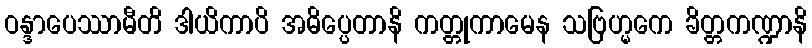
ဝန္ဒာပေဿာမီတိ ဒါယိကာပိ အဓိပ္ပေတာနိ ကတ္တုကာမေန သဗြဟ္မကေ ခိတ္တကဏ္ဍာနိ